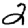
Digit: 2